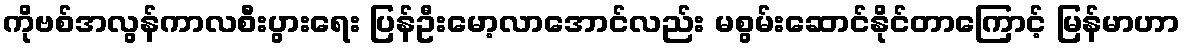
ကိုဗစ်အလွန်ကာလစီးပွားရေး ပြန်ဦးမော့လာအောင်လည်း မစွမ်းဆောင်နိုင်တာကြောင့် မြန်မာဟာ